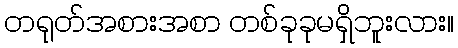
တရုတ်အစားအစာ တစ်ခုခုမရှိဘူးလား။